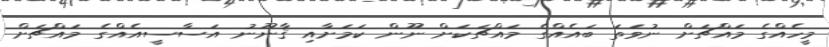
މީހެއްގެ މައްޗަށް ނުވަތަ ބައެއްގެ މައްޗަކަށް ނޫން ކަމަށާއި ޤާނޫނު އަސާސީއެއްގެ މައްޗަށް